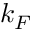
k _ { F }